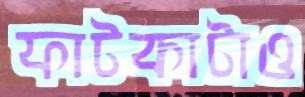
ফাটকাটাও